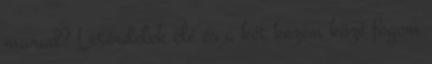
marad? Letérdelek elé és a két kezem közé fogom